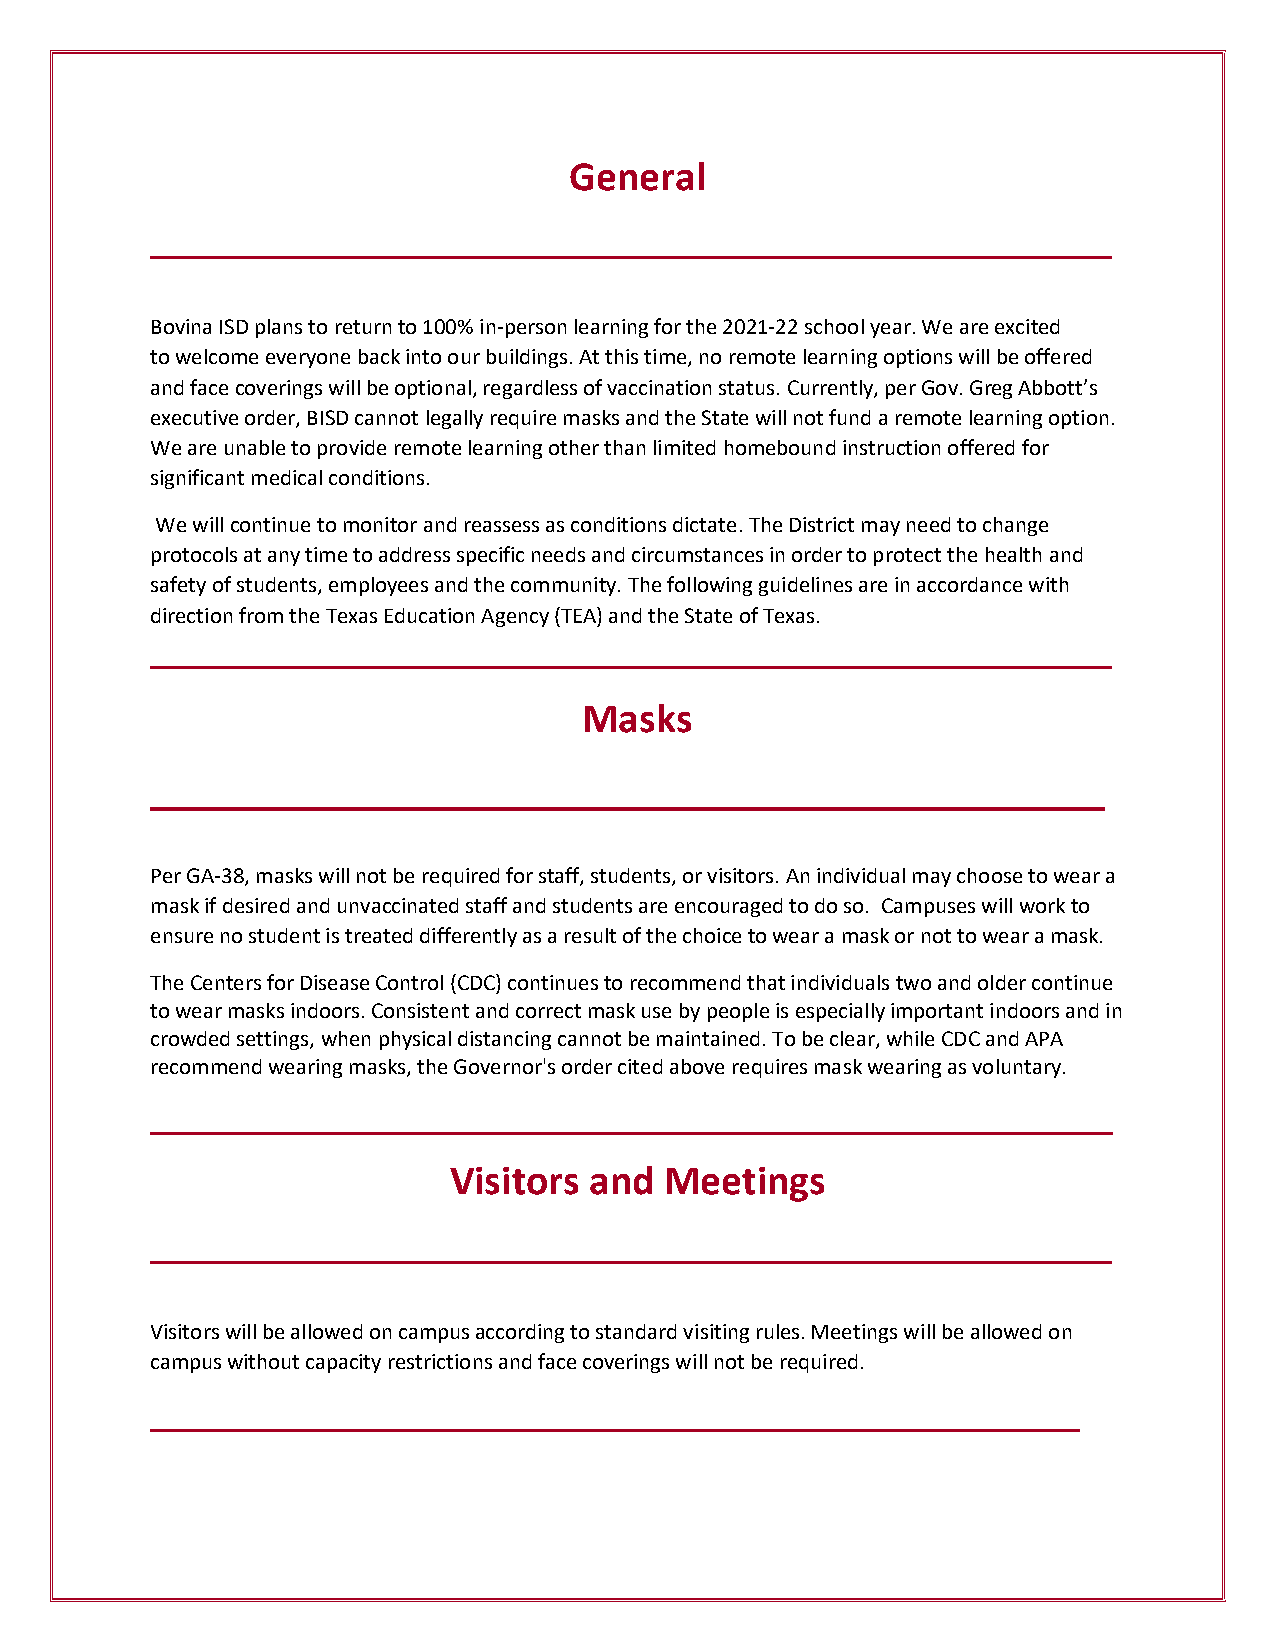
General
 __________________________________________________________
 Bovina ISD plans to return to 100% in-person learning for the 2021-22 school year. We are excited
 to welcome everyone back into our buildings. At this time, no remote learning options will be offered
 and face coverings will be optional, regardless of vaccination status. Currently, per Gov. Greg Abbott’s
 executive order, BISD cannot legally require masks and the State will not fund a remote learning option.
 We are unable to provide remote learning other than limited homebound instruction offered for
 significant medical conditions.
 We will continue to monitor and reassess as conditions dictate. The District may need to change
 protocols at any time to address specific needs and circumstances in order to protect the health and
 safety of students, employees and the community. The following guidelines are in accordance with
 direction from the Texas Education Agency (TEA) and the State of Texas.
 __________________________________________________________
 Masks
 ______________________________________________
 Per GA-38, masks will not be required for staff, students, or visitors. An individual may choose to wear a
 mask if desired and unvaccinated staff and students are encouraged to do so. Campuses will work to
 ensure no student is treated differently as a result of the choice to wear a mask or not to wear a mask.
 The Centers for Disease Control (CDC) continues to recommend that individuals two and older continue
 to wear masks indoors. Consistent and correct mask use by people is especially important indoors and in
 crowded settings, when physical distancing cannot be maintained. To be clear, while CDC and APA
 recommend wearing masks, the Governor's order cited above requires mask wearing as voluntary.
 __________________________________________________________
 Visitors and  Meetings
 __________________________________________________________
 Visitors will be allowed on campus according to standard visiting rules. Meetings will be allowed on
 campus without capacity restrictions and face coverings will not be required.
 ________________________________________________________